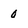
Character: 0